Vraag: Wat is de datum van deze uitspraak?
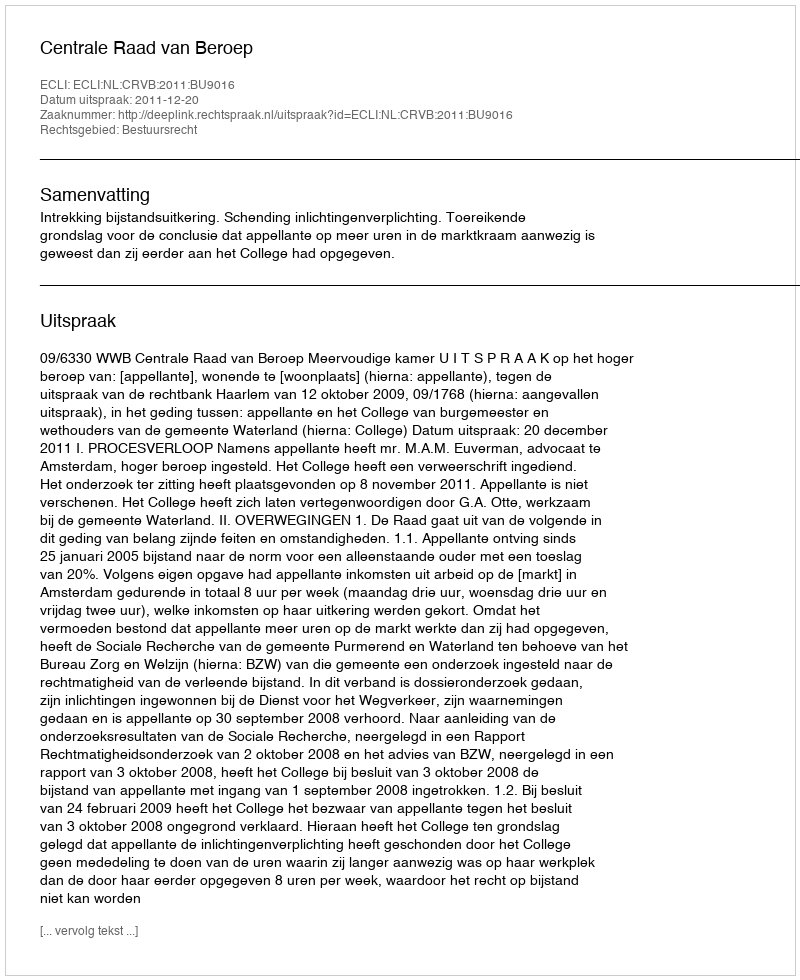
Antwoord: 2011-12-20